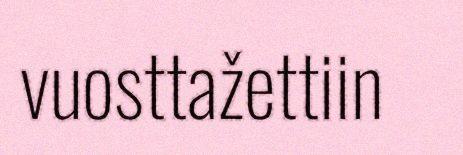
vuosttažettiin